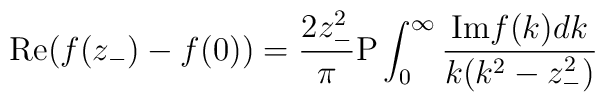
{\rm{Re}}(f(z_-)-f(0)) = {2 z_-^2 \over \pi} {\rm{P}} \int_0^\infty  {{\rm{Im}} f(k) dk \over k (k^2-z_-^2) }